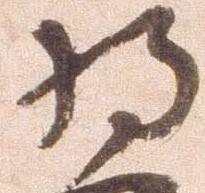
将